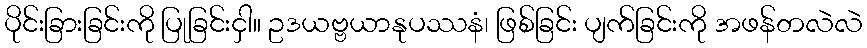
ပိုင်းခြားခြင်းကို ပြုခြင်းငှါ။ ဥဒယဗ္ဗယာနုပဿနံ၊ ဖြစ်ခြင်း ပျက်ခြင်းကို အဖန်တလဲလဲ